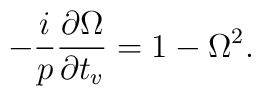
-\frac{i}{p}\frac{\partial\Omega}{\partial t_v}   =1-\Omega^2.